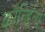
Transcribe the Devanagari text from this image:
कौन्डिन्य